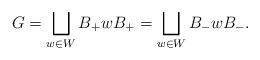
LaTeX: \begin{align*}G=\bigsqcup_{w\in W} B_+wB_+=\bigsqcup_{w\in W} B_-wB_-.\end{align*}